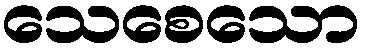
သေစေသော